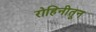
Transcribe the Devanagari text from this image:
रोहिनीतून